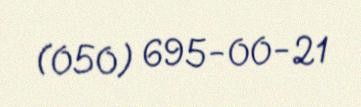
(050) 695-00-21